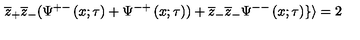
\overline { { z } } _ { + } \overline { { z } } _ { - } ( \Psi ^ { + - } \left( x ; \tau \right) + \Psi ^ { - + } \left( x ; \tau \right) ) + \overline { { z } } _ { - } \overline { { z } } _ { - } \Psi ^ { -- } \left( x ; \tau \right) \} \rangle = 2